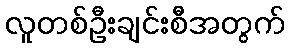
လူတစ်ဦးချင်းစီအတွက်